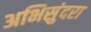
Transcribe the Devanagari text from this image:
अभिसुंदरा